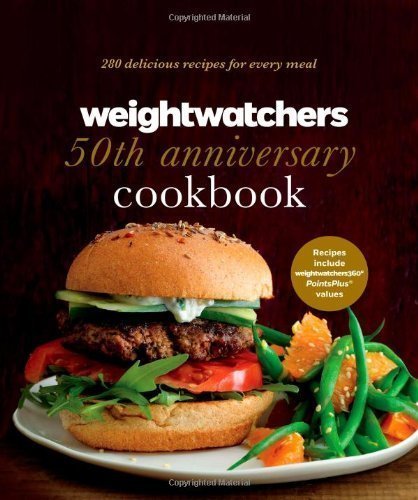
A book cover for Weight Watchers 50th Anniversary Cookbook: 280 Delicious Recipes for Every Meal by Weight Watchers (April 30 2013); Health, Fitness & Dieting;